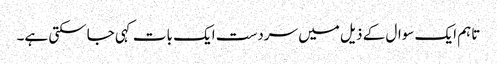
تاہم ایک سوال کے ذیل میں سردست ایک بات کہی جاسکتی ہے۔